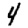
Digit: 4